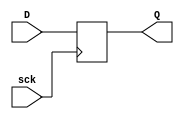
module dflipflop(Q,D,sck);
input [7:0] D;
input sck;

output reg [7:0] Q;

always @(posedge sck)
 Q = D;
endmodule